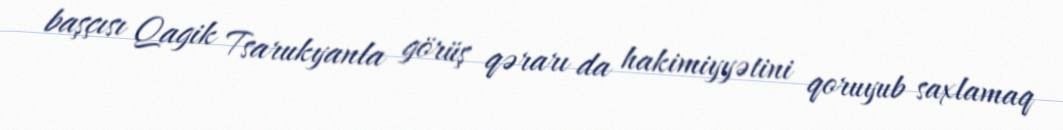
başçısı Qagik Tsarukyanla görüş qərarı da hakimiyyətini qoruyub saxlamaq